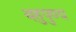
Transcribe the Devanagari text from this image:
बहुपुण्य